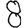
Digit: 8